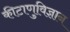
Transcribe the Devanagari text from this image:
कीटाणुविज्ञान